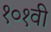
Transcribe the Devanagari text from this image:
१०१वी